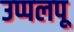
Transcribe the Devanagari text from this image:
उप्पलपू